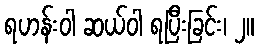
ရဟန်းဝါ ဆယ်ဝါ ရပြီးခြင်း၊ ၂။